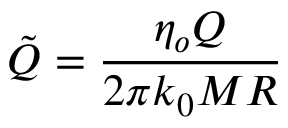
\tilde { Q } = \frac { \eta _ { o } Q } { 2 \pi k _ { 0 } M R }